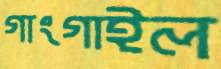
গাংগাইল